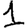
Digit: 1